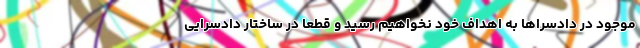
موجود در دادسراها به اهداف خود نخواهیم رسید و قطعاً در ساختار دادسرایی